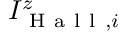
I _ { \mathrm { ~ H ~ a ~ l ~ l ~ } , i } ^ { z }